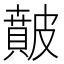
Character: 𥀢